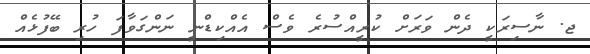
ޖ. ނާސިރަކީ ދެން ވަރަށް ކުރީއްސުރެ ވެސް އެއްކިޑްނީ ނަންގަވާފަ ހުރި ބޭފުޅެއް